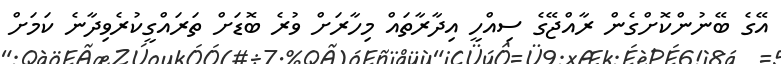
އޭގެ ބޭނުންކޮށްގެން ރާއްޖޭގެ ސިއްހީ އިދާރާތައް މިހާރަށް ވުރެ ބޮޑަށް ތަރައްގީކުރެވިދާނެ ކަމަށް